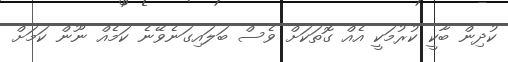
ކުދިން ބާކީ ކުރުމަކީ އެއް ގޮތަކަށް ވެސް ބަލައިގަނެވޭނެ ކަމެއް ނޫން ކަމަށް